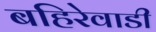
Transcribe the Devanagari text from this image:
बहिरेवाडी